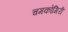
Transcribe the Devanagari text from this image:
चमकोगिरी